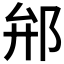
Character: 𨚕